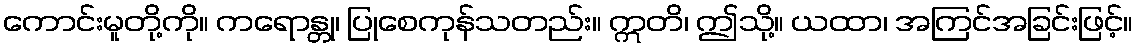
ကောင်းမူတို့ကို။ ကရောန္တု၊ ပြုစေကုန်သတည်း။ ဣတိ၊ ဤသို့။ ယထာ၊ အကြင်အခြင်းဖြင့်။